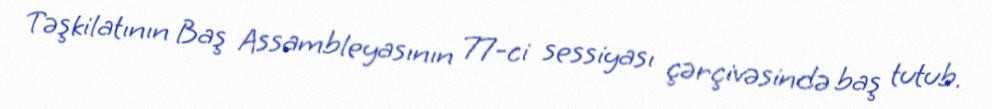
Təşkilatının Baş Assambleyasının 77-ci sessiyası çərçivəsində baş tutub.